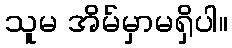
သူမ အိမ်မှာမရှိပါ။